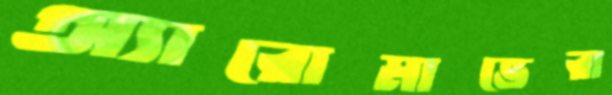
অ্যারোমাভেরা